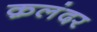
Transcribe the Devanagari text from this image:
क़लंदर